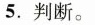
5.判断。